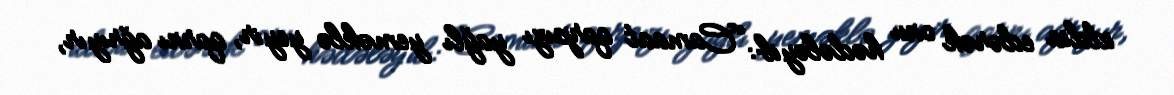
iddia edərək onu hədələyib: “Camaat qarpızı yağlı yeməklə yeyir, qarnı ağrıyır,